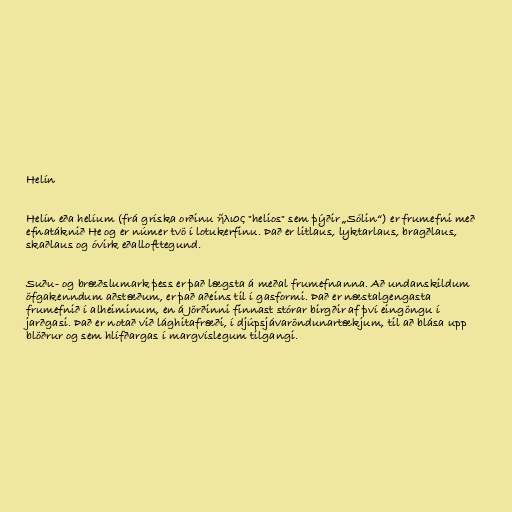
Helín

Helín eða helíum (frá gríska orðinu ἥλιος "helios" sem þýðir „Sólin“) er frumefni með
efnatáknið He og er númer tvö í lotukerfinu. Það er litlaus, lyktarlaus, bragðlaus,
skaðlaus og óvirk eðallofttegund.

Suðu- og bræðslumark þess er það lægsta á meðal frumefnanna. Að undanskildum
öfgakenndum aðstæðum, er það aðeins til í gasformi. Það er næstalgengasta
frumefnið í alheiminum, en á Jörðinni finnast stórar birgðir af því eingöngu í
jarðgasi. Það er notað við lághitafræði, í djúpsjávaröndunartækjum, til að blása upp
blöðrur og sem hlífðargas í margvíslegum tilgangi.